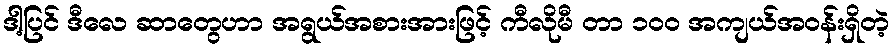
ဒါ့ပြင် ဒီလေ ဆာတွေဟာ အရွယ်အစားအားဖြင့် ကီလိုမီ တာ ၁ဝဝ အကျယ်အဝန်းရှိတဲ့